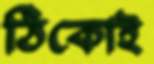
ঠিকোই